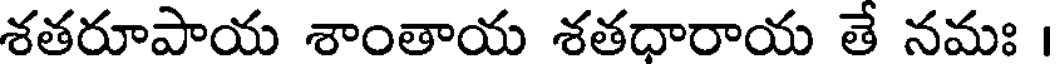
శతరూపాయ శాంతాయ శతధారాయ తే నమః